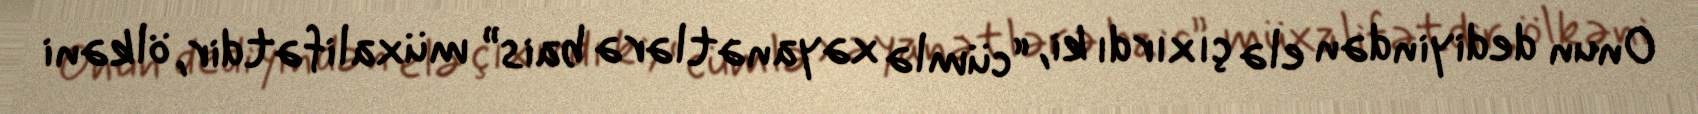
Onun dediyindən elə çıxırdı ki, “cümlə xəyanətlərə bais” müxalifətdir, ölkəni